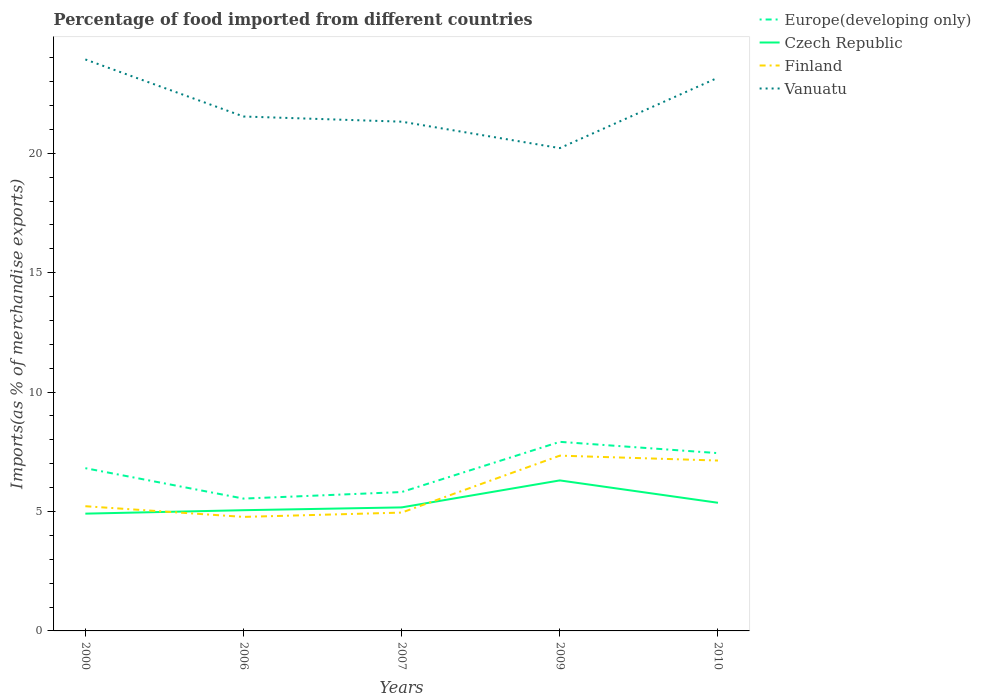
| Years | Europe(developing only) | Czech Republic | Finland | Vanuatu |
 | --- | --- | --- | --- | --- |
 | 2000 | 6.81 | 4.91 | 5.22 | 23.9 |
 | 2006 | 5.54 | 5.05 | 4.77 | 21.5 |
 | 2007 | 5.82 | 5.17 | 4.96 | 21.3 |
 | 2009 | 7.92 | 6.3 | 7.34 | 20.2 |
 | 2010 | 7.45 | 5.37 | 7.13 | 23.2 |